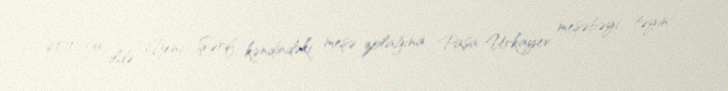
2010-cu ildə Yeni Şərif kəndindəki meşə zolağına Paşa Urkayev meşəbəyi təyin